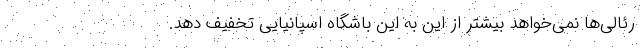
رئالی‌ها نمی‌خواهد بیشتر از این به این باشگاه اسپانیایی تخفیف دهد.